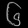
Digit: ၆